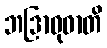
ဘဒြာဝုဓာတိ